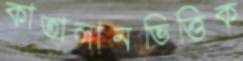
কাতালানভিত্তিক